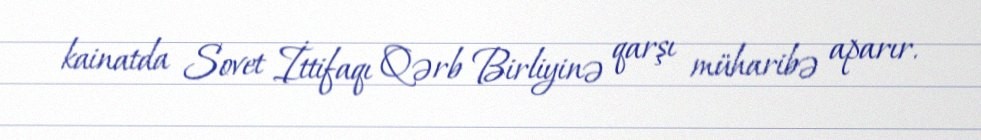
kainatda Sovet İttifaqı Qərb Birliyinə qarşı müharibə aparır.